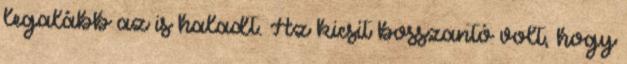
legalább az is haladt. Az kicsit bosszantó volt, hogy